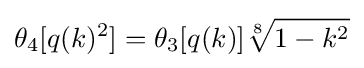
\theta _{4}[q(k)^{2}]=\theta _{3}[q(k)]{\sqrt[{8}]{1-k^{2}}}